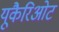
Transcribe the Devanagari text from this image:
यूकैरिओट